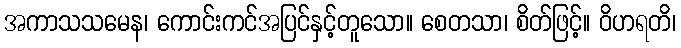
အကာသသမေန၊ ကောင်းကင်အပြင်နှင့်တူသော။ စေတသာ၊ စိတ်ဖြင့်။ ဝိဟရတိ၊